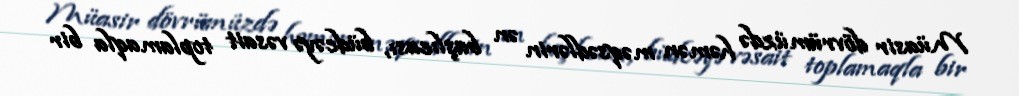
Müasir dövrümüzdə həmən məqsədlərin ən başlıcası, büdcəyə vəsait toplamaqla bir